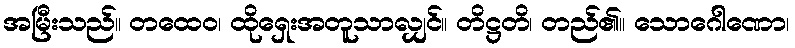
အမြီးသည်။ တထေဝ၊ ထိုရှေးအတူသာလျှင်။ တိဋ္ဌတိ၊ တည်၏။ သောဂေါဏော၊